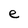
Character: e